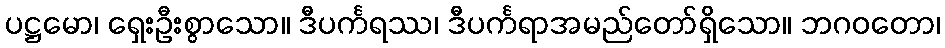
ပဋ္ဌမော၊ ရှေးဦးစွာသော။ ဒီပင်္ကရဿ၊ ဒီပင်္ကရာအမည်တော်ရှိသော။ ဘဂဝတော၊